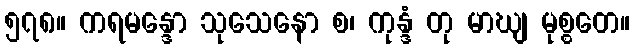
၅၇၈။ ကရမန္ဒော သုသေနော စ၊ ကုန္ဒံ တု မာဃျ မုစ္စတေ။